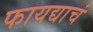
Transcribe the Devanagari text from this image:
फायद्याचं